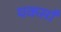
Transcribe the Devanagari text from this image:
यकसाँ